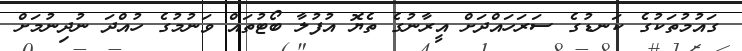
ގައުމުތަކުގެ ކަނޑުގެ ސަރަހައްދަށް އީރާނުގެ ތެޔޮ އުފުލާ ބޯޓުތައް ވަނުމުގެ ހުއްދަ ނުދިނުމަށް